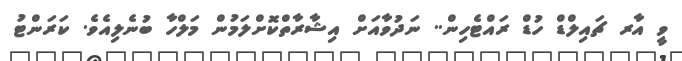
ވީ އާރ ޗައިލްޑް ހުޑް ރައްޓެހިން.. ނަދުވާއަށް އިޝާރާތްކޮށްލަމުން މަލްހާ ބުނެލިއެވެ. ކަރަންޓު